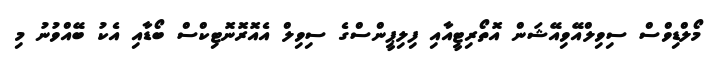
މޯލްޑިވްސް ސިވިލްއޭވިއޭޝަން އޮތޯރިޓީއާއި ފިލިޕީންސްގެ ސިވިލް އެއޮރޮނޮޓިކްސް ބޯޑާއި އެކު ބޭއްވުނު މި